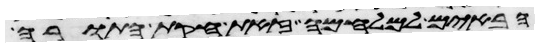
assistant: הבאים למלחמה זאת חקת התורה